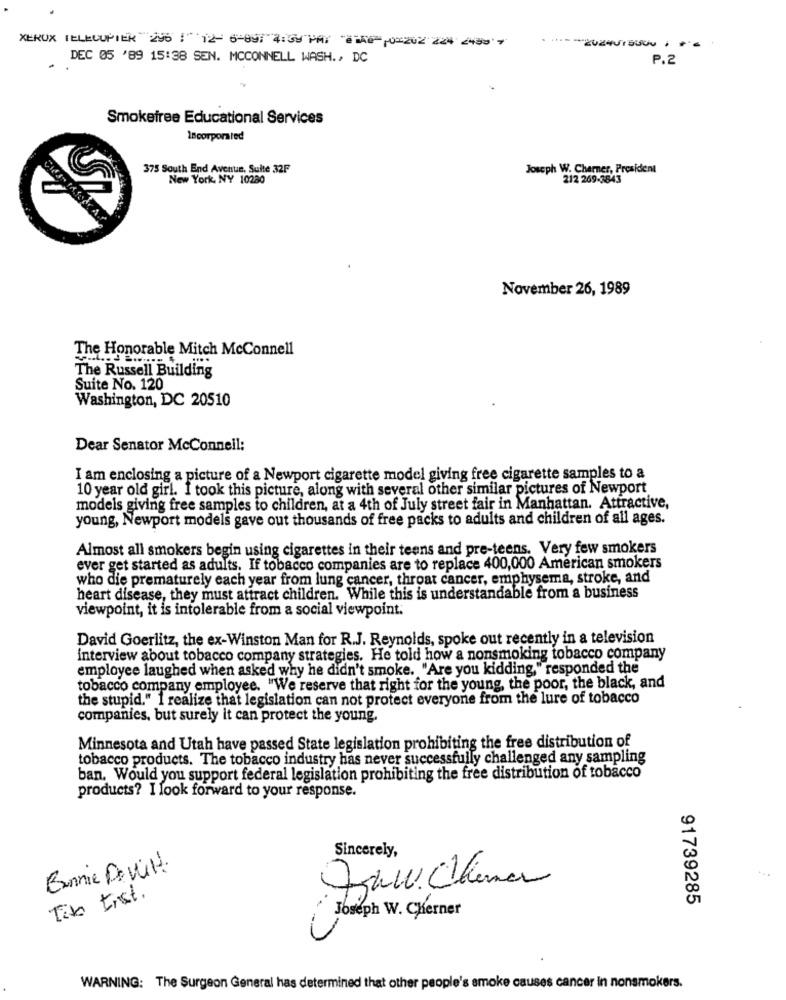
XEROX TELOPIER 2:126-09 :30 PAY #150,08202 224 2439 7
DEC 05 '89 15:38 SEN. MCCONNELL WASH ., DC
P.2
Smokefree Educational Services
Incorporated
375 South End Avenue, Suite 32F
Joseph W. Chamner, President
New York, NY 10280
212 269-3843
November 26, 1989
The Honorable Mitch Mcconnell
The Russell Building
Suite No. 120
Washington, DC 20510
Dear Senator McConnell:
I am enclosing a picture of a Newport cigarette model giving free cigarette samples to a
10 year old girl. I took this picture, along with several other similar pictures of Newport
models giving free samples to children, at a 4th of July street fair in Manhattan. Attractive,
young, Newport models gave out thousands of free packs to adults and children of all ages.
Almost all smokers begin using cigarettes in their teens and pre-teens. Very few smokers
ever get started as adults. If tobacco companies are to replace 400,000 American smokers
who die prematurely each year from lung cancer, throat cancer, emphysema, stroke, and
heart disease, they must attract children. While this is understandable from a business
viewpoint, it is intolerable from a social viewpoint.
David Goerlitz, the ex-Winston Man for R.J. Reynolds, spoke out recently in a television
interview about tobacco company strategies. He told how a nonsmoking tobacco company
employee laughed when asked why he didn't smoke. "Are you kidding," responded the
tobacco company employee. "We reserve that right for the young, the poor, the black, and
the stupid." 1 realize that legislation can not protect everyone from the lure of tobacco
companies, but surely it can protect the young.
Minnesota and Utah have passed State legislation prohibiting the free distribution of
tobacco products. The tobacco industry has never successfully challenged any sampling
ban. Would you support federal legislation prohibiting the free distribution of tobacco
products? I look forward to your response.
Sincerely,
Bonnie De wit.
Tito Erist.
91739285
Joseph W. Cherner
WARNING: The Surgeon General has determined that other people's smoke causes cancer in nonsmokers.